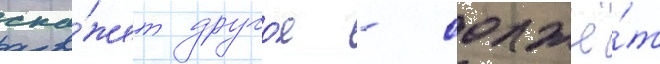
ска́жет друго́е - солжё́т